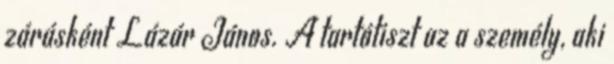
zárásként Lázár János. A tartótiszt az a személy, aki